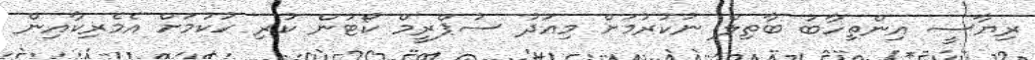
ރިޔާސީ އިންތިހާބު ބާތިލް ނުކުރުމަށް މިއަދު ސުޕްރީމް ކޯޓުން ކުރި ހުކުމަށް އެމެރިކާއިން